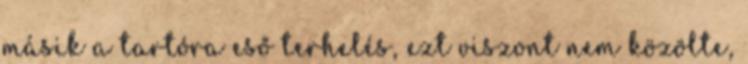
másik a tartóra eső terhelés, ezt viszont nem közölte,